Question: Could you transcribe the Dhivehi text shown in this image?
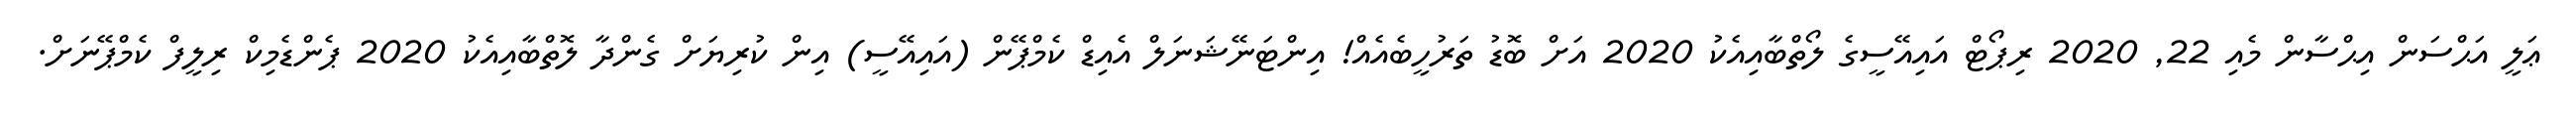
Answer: ޢަލީ އަޙްސަން އިޙްސާން މެއި 22, 2020 ރިޕޯޓް އައިއޭސީގެ ލޯތްބާއިއެކު 2020 އަށް ބޮޑު ތަރުހީބެއެއް! އިންޓަނޭޝަނަލް އެއިޑް ކެމްޕޭން (އައިއޭސީ) އިން ކުރިޔަށް ގެންދާ ލޮތްބާއިއެކު 2020 ޕެންޑެމިކް ރިލީފް ކެމްޕޭނަށް.